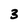
Character: 3